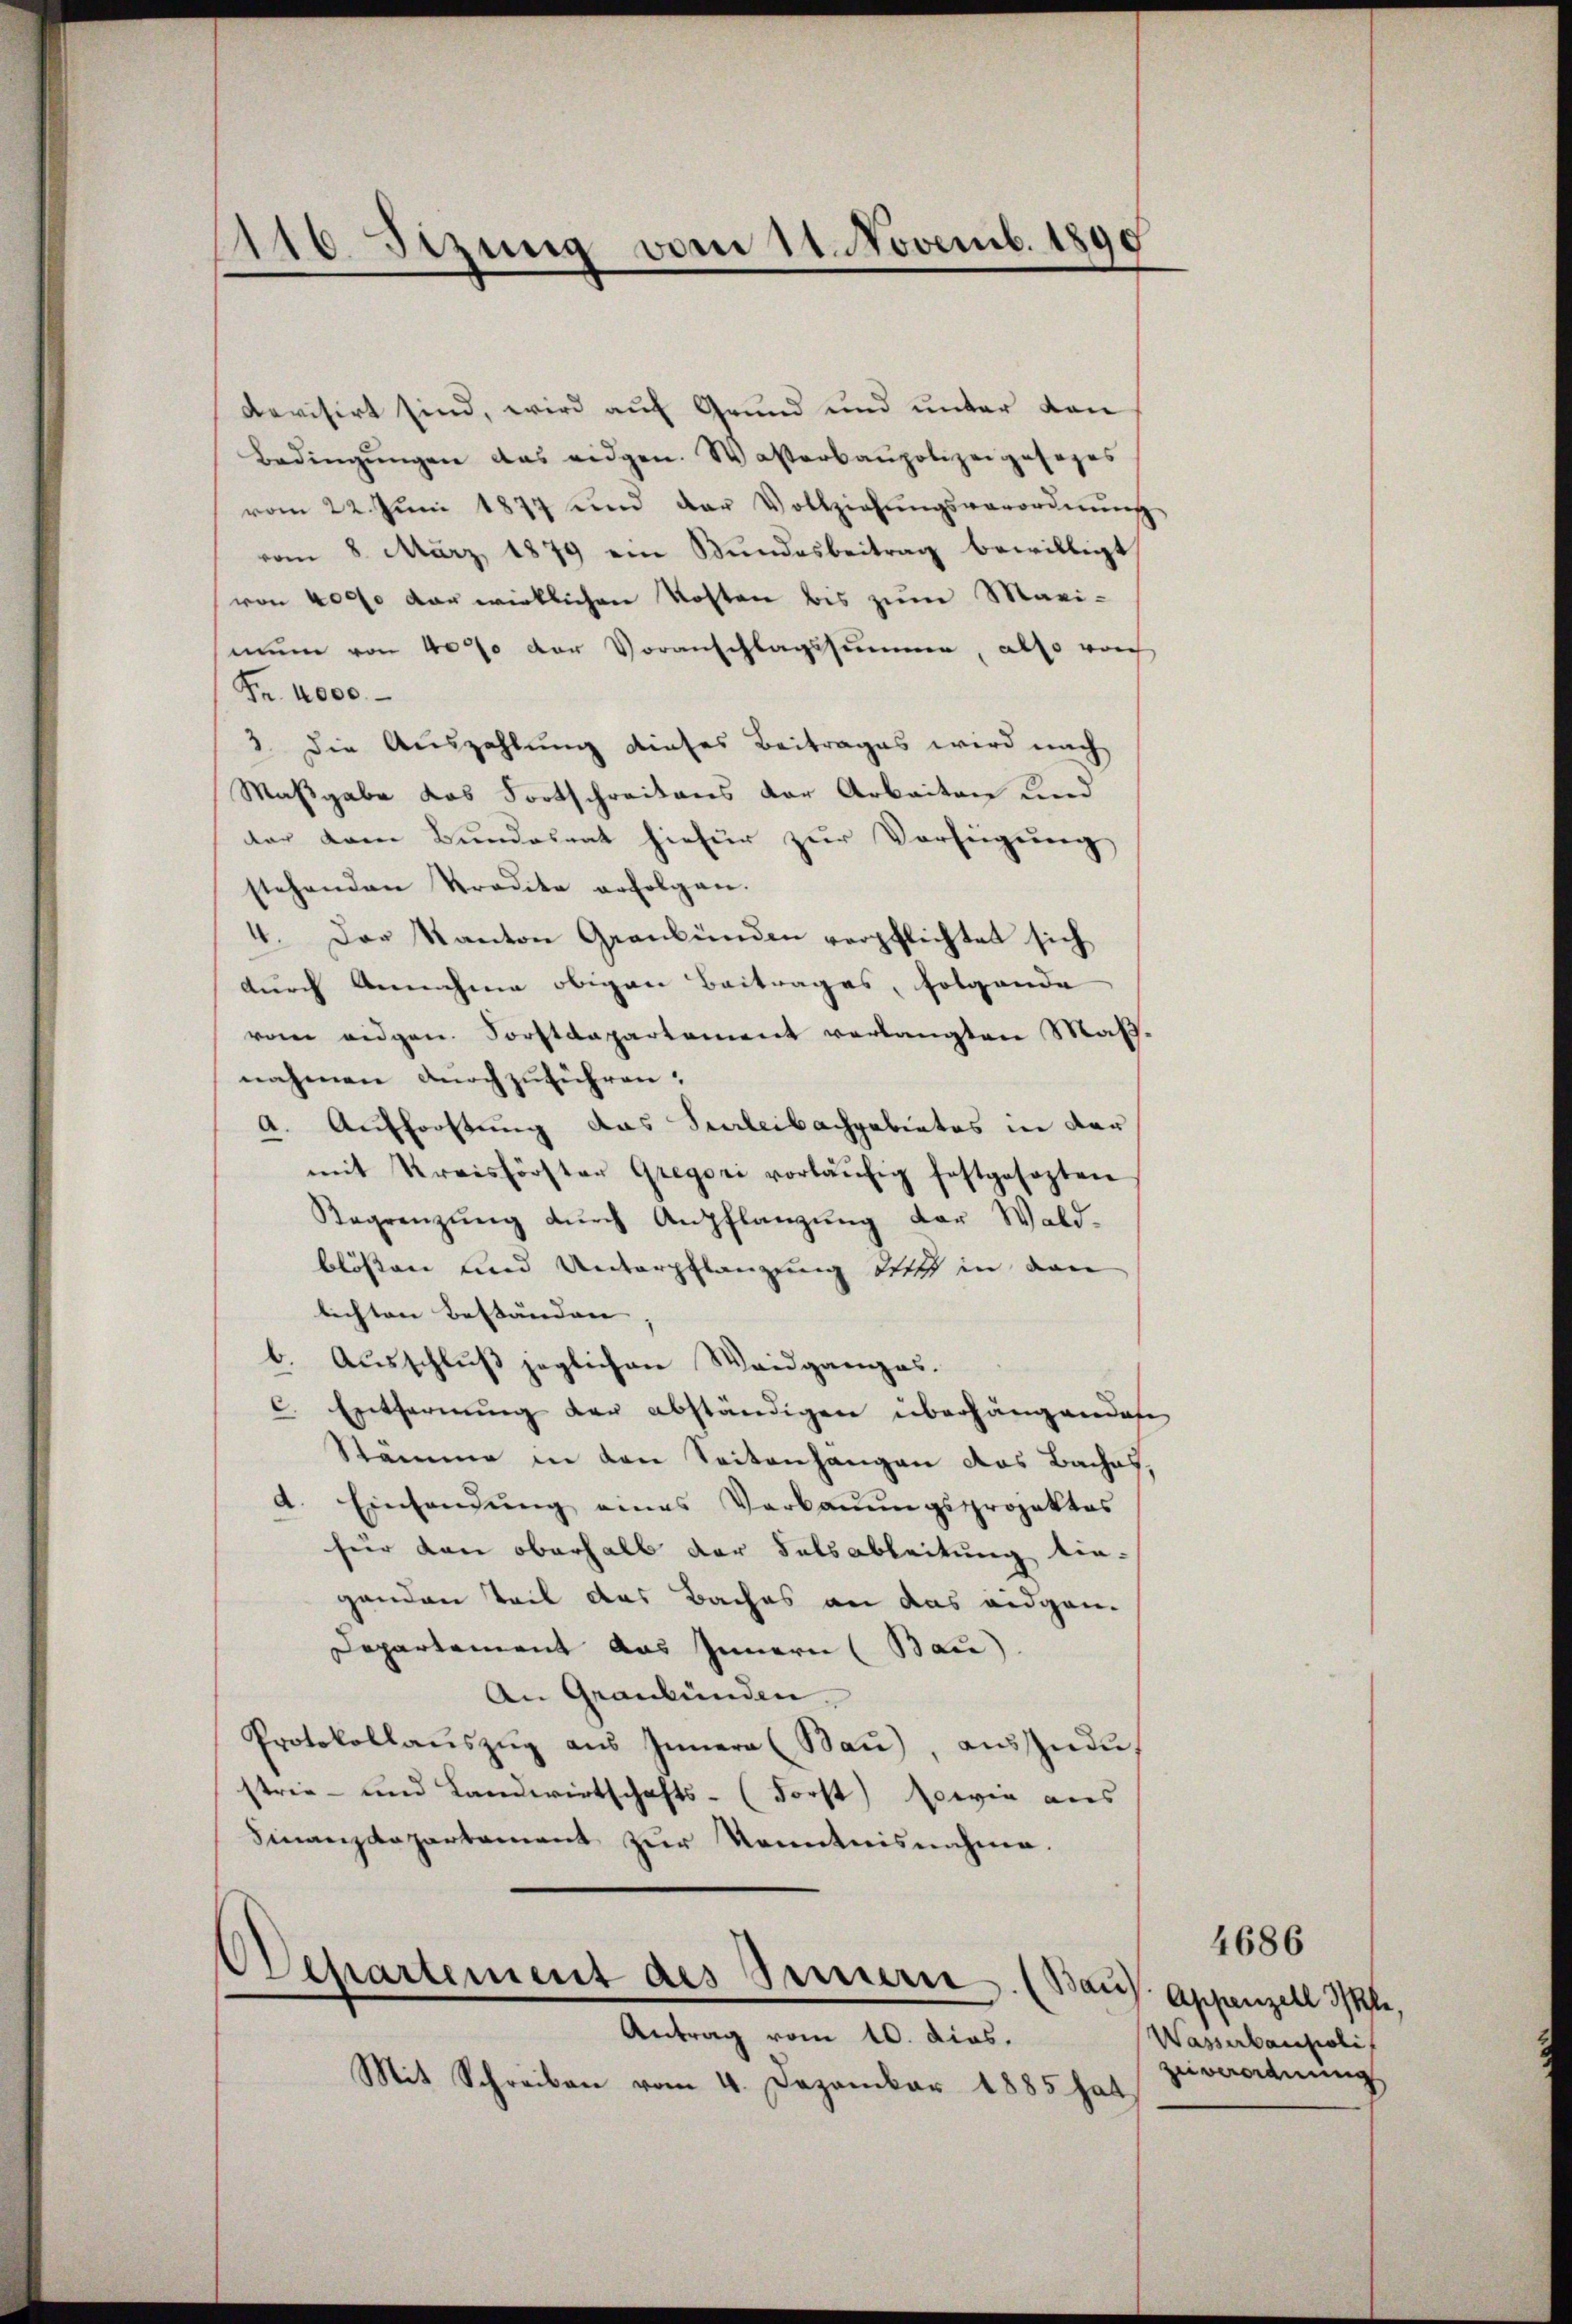
116 Setzung vom 11. Novemb. 1890

devisirt sind, wird auf Grund und unter von
Bedingŭngen das eidgen. Wasserbaupolizeigesages
vom 22. Jŭni 1877 und der Vollziehŭngsverordnŭng
vom 8. März 1879 ein Bundesbeitrag bewilligt
von 4000 der wirklichen Kosten bis zum Marimune von 40% der Voranschlagssumme, also noch
Fr. 4000.
3. die Auszahlung dieses Beitrages wird nach
Maßgabe das Fortschreitens der Arbeiten und
der dem Bundesrat hiefür zur Verfügung
stehenden Predite erfolgen.
4. Das Kanton Graubünden verpflichtet sich
durch Annahme obigen Beitrages, folgende
vom eidgen. Forstdepartement verlangten Maßnahmen nachzuführen.
a. Aufforstung das Perleibachgebietes in dar
mit Kreisförster Gregori vorläŭfig festgesezten
Regrenzŭng dŭrch Anpflanzŭng der Wald-
blossen und Unterpflanzung des in den
lichten Beständen |
b. Ausschluß jeglichen Waidganges.
C. Entfernung der abständigen überhängenden
Stämme in den Seitenhangen das Baches
d. Einhandŭng eines Verbaŭŭngsprojektes
für den oberhalb der Felsableitung tie-
genden Teil das Baches an das eidgen.
Departement das Innern (Bau)
An Graubünden.
Protokollaŭszŭg aŭs Innern (Maŭ), aŭszŭdustrie- und Landwirtschafts- (Forst) sowie aus
Finanzdepartement zur Kenntnisnahme.

Departement des Innern. (Bau
Antrag vom 10. dies.

Mit Schreiben vom 4. Dezember 1885 hat

4686

Appenzell I.
Wasserbaupoli
Zuverordnung